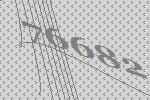
76682